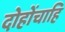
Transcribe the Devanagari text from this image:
दोहोंचाहि